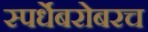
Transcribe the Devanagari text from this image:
स्पर्धेबरोबरच